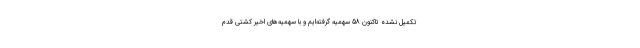
تکمیل نشده تاکنون 58 سهمیه گرفته‌ایم و با سهمیه‌های اخیر کشتی قدم